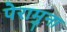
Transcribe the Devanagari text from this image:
पेरामुना